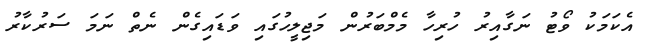
އެކަމަކު ވޯޓު ނަގާއިރު ހުރިހާ މެމްބަރުން މަޖިލީހުގައި ވަޑައިގެން ނެތް ނަމަ ސަރުކާރު